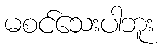
မစင်သေးပါဘူး